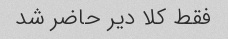
فقط کلا دیر حاضر شد